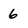
Character: 6